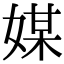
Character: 媒